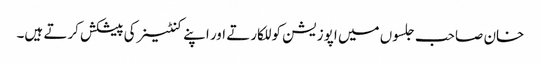
خان صاحب جلسوں میں اپوزیشن کو للکارتے اور اپنے کنٹینر کی پیشکش کرتے ہیں۔